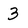
Character: 3